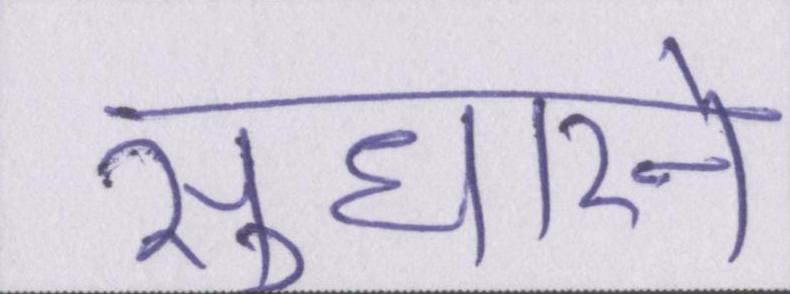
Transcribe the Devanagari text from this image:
सुधारने